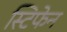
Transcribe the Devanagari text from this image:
स्टिफेन